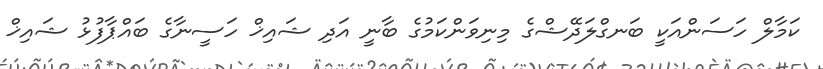
ކަމާލް ހަސަންއަކީ ބަނގްލަދޭޝްގެ މިނިވަންކަމުގެ ބާނީ އަދި ޝައިޚް ހަސީނާގެ ބައްޕާފުޅު ޝައިޚް